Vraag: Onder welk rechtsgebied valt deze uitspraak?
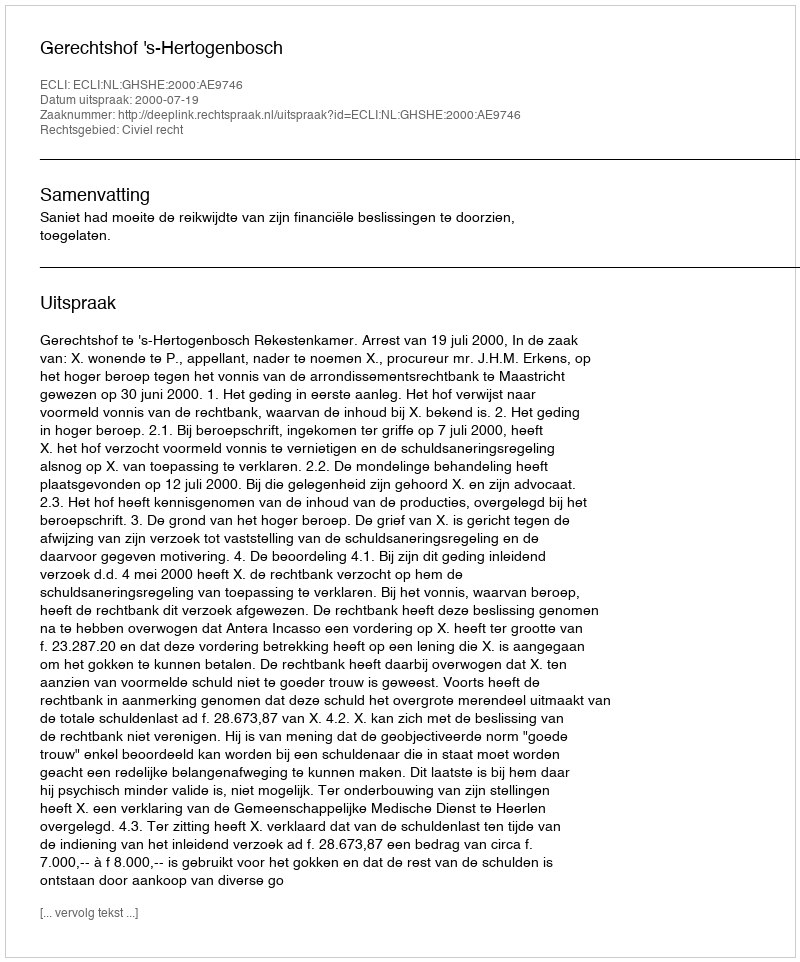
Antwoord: Civiel recht